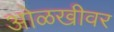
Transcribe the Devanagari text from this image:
ओळखीवर